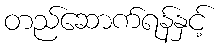
တည်ဆောက်ရန်နှင့်